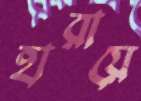
হারায়ে